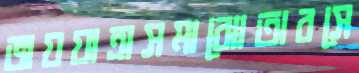
জয়যাত্রাসমাঝোতারসে